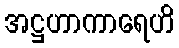
အဋ္ဌဟာကာရေဟိ